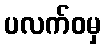
ပလက်ဝမှ